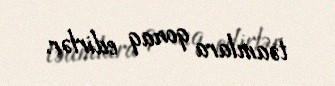
təamlara qonaq edirlər.